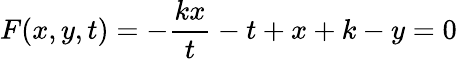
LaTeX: F(x,y,t)=-{\frac{kx}{t}}-t+x+k-y=0